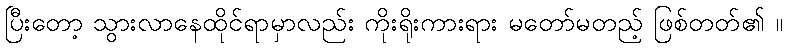
ပြီးတော့ သွားလာနေထိုင်ရာမှာလည်း ကိုးရိုးကားရား မတော်မတည့် ဖြစ်တတ်၏ ။